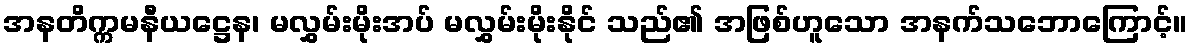
အနတိက္ကမနီယဋ္ဌေန၊ မလွှမ်းမိုးအပ် မလွှမ်းမိုးနိုင် သည်၏ အဖြစ်ဟူသော အနက်သဘောကြောင့်။